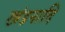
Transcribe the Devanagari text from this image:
खंडनादि